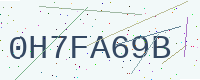
Text: 0H7FA69B